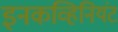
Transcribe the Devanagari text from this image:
इनकव्हिनियंट